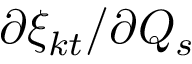
\partial { \xi _ { k t } } / { \partial Q _ { s } }